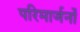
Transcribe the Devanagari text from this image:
परिमार्जनों